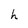
Character: h